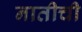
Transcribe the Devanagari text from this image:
नातीची